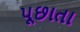
પૂછાતા